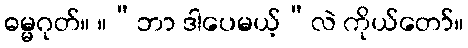
ဓမ္မဂုတ်။ ။“ဘာ ဒါပေမယ့်”လဲ ကိုယ်တော်။